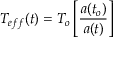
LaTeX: T _ { e f f } ( t ) = T _ { o } \left[ \frac { a ( t _ { o } ) } { a ( t ) } \right]